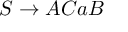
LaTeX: S \rightarrow A C a B